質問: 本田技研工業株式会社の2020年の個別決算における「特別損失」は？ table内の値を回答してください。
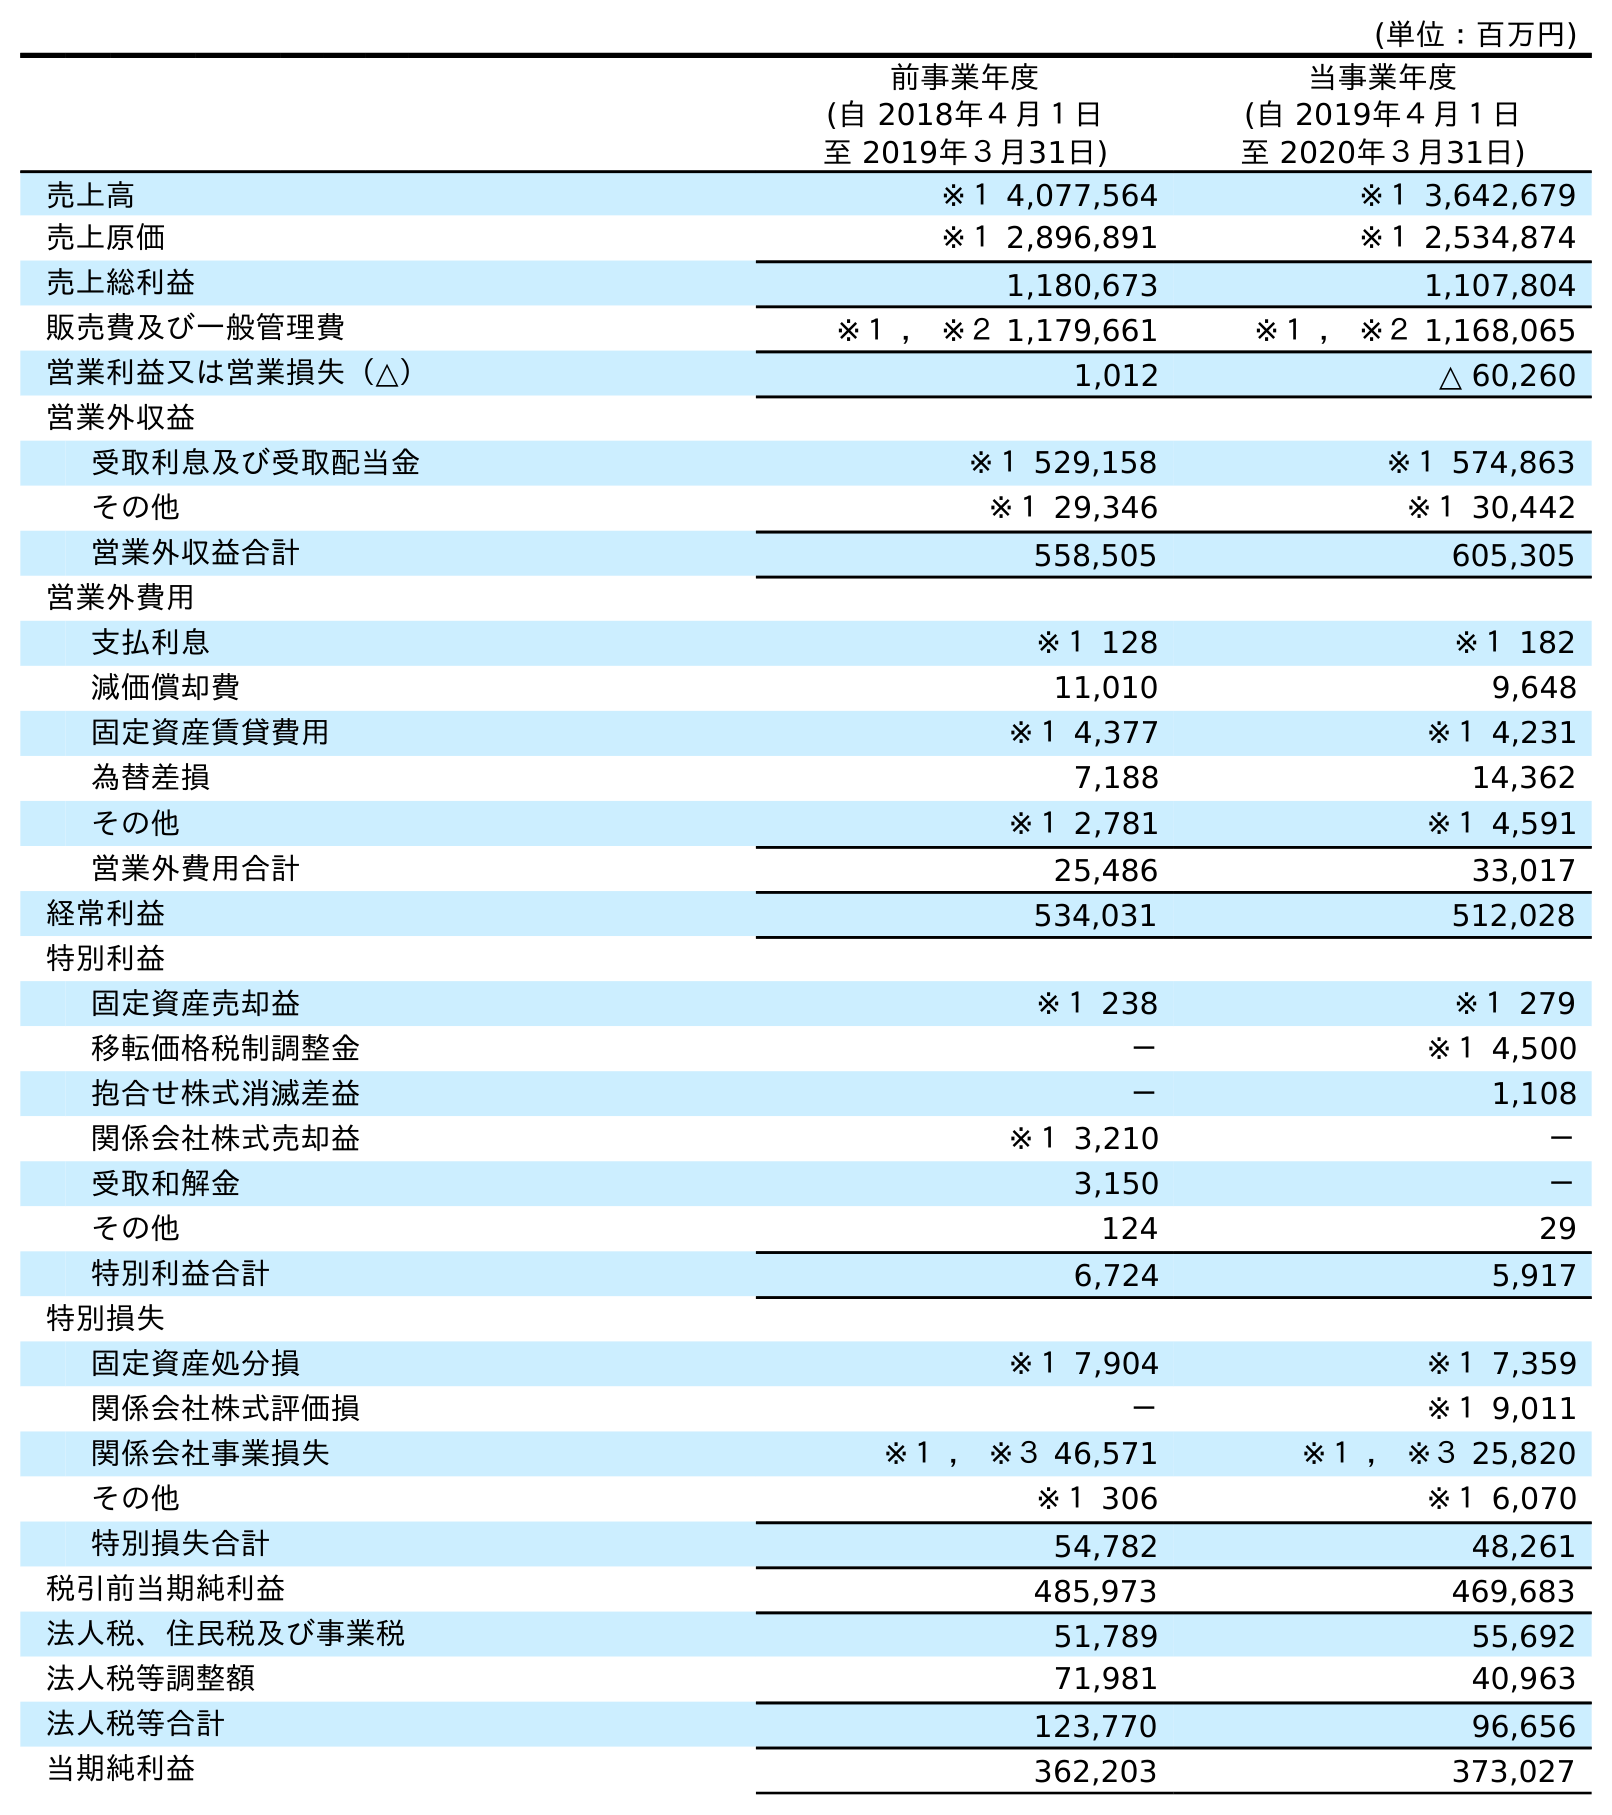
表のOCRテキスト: (単位：百万円) 前事業年度 (自 2018年４月１日 至 2019年３月31日) 当事業年度 (自 2019年４月１日 至 2020年３月31日) 売上高 ※１ 4,077,564 ※１ 3,642,679 売上原価 ※１ 2,896,891 ※１ 2,534,874 売上総利益 1,180,673 1,107,804 販売費及び一般管理費 ※１ ， ※２ 1,179,661 ※１ ， ※２ 1,168,065 営業利益又は営業損失（△） 1,012 △ 60,260 営業外収益 受取利息及び受取配当金 ※１ 529,158 ※１ 574,863 その他 ※１ 29,346 ※１ 30,442 営業外収益合計 558,505 605,305 営業外費用 支払利息 ※１ 128 ※１ 182 減価償却費 11,010 9,648 固定資産賃貸費用 ※１ 4,377 ※１ 4,231 為替差損 7,188 14,362 その他 ※１ 2,781 ※１ 4,591 営業外費用合計 25,486 33,017 経常利益 534,031 512,028 特別利益 固定資産売却益 ※１ 238 ※１ 279 移転価格税制調整金 － ※１ 4,500 抱合せ株式消滅差益 － 1,108 関係会社株式売却益 ※１ 3,210 － 受取和解金 3,150 － その他 124 29 特別利益合計 6,724 5,917 特別損失 固定資産処分損 ※１ 7,904 ※１ 7,359 関係会社株式評価損 － ※１ 9,011 関係会社事業損失 ※１ ， ※３ 46,571 ※１ ， ※３ 25,820 その他 ※１ 306 ※１ 6,070 特別損失合計 54,782 48,261 税引前当期純利益 485,973 469,683 法人税、住民税及び事業税 51,789 55,692 法人税等調整額 71,981 40,963 法人税等合計 123,770 96,656 当期純利益 362,203 373,027
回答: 48,261